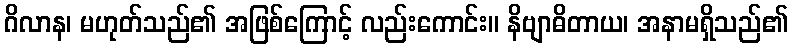
ဂိလာန၊ မဟုတ်သည်၏ အဖြစ်ကြောင့် လည်းကောင်း။ နိဗျာဓိတာယ၊ အနာမရှိသည်၏